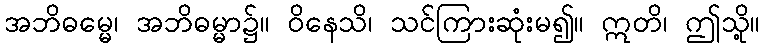
အဘိဓမ္မေ၊ အဘိဓမ္မာ၌။ ဝိနေသိ၊ သင်ကြားဆုံးမ၍။ ဣတိ၊ ဤသို့။